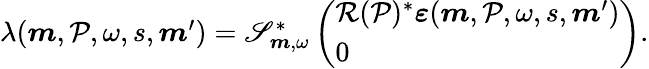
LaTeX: \begin{array}{r}{\lambda(\boldsymbol{m},\mathcal{P},\omega,s,\boldsymbol{m}^{\prime})=\mathscr{S}_{\boldsymbol{m},\omega}^{*}\left(\begin{array}{l}{\mathcal{R}(\mathcal{P})^{*}\boldsymbol{\varepsilon}(\boldsymbol{m},\mathcal{P},\omega,s,\boldsymbol{m}^{\prime})}\\ {0}\end{array}\right).}\end{array}